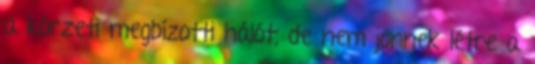
a körzeti megbízotti hálót, de nem jönnek létre a